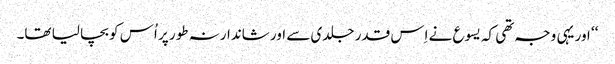
‘‘ اور یہی وجہ تھی کہ یسوع نے اِس قدر جلدی سے اور شاندارنہ طور پر اُس کو بچا لیا تھا۔